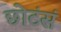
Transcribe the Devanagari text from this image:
छोटंसं